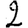
Digit: 2